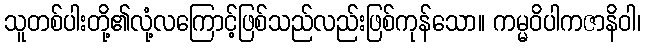
သူတစ်ပါးတို့၏လုံ့လကြောင့်ဖြစ်သည်လည်းဖြစ်ကုန်သော။ ကမ္မဝိပါကဇာနိဝါ၊